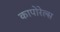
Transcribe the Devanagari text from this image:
कापोरेल्स